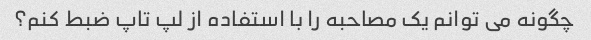
چگونه می توانم یک مصاحبه را با استفاده از لپ تاپ ضبط کنم؟